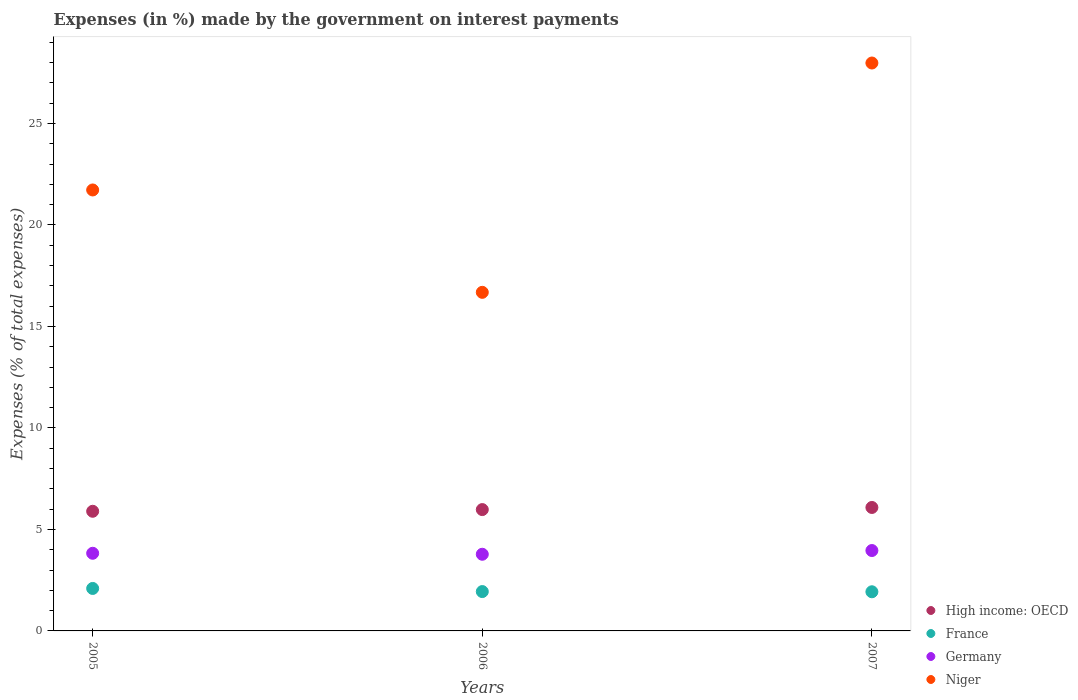
| Years | High income: OECD | France | Germany | Niger |
 | --- | --- | --- | --- | --- |
 | 2005 | 5.89 | 2.09 | 3.83 | 21.7 |
 | 2006 | 5.98 | 1.94 | 3.78 | 16.7 |
 | 2007 | 6.08 | 1.93 | 3.96 | 28 |